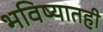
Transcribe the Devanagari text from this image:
भविष्यातही